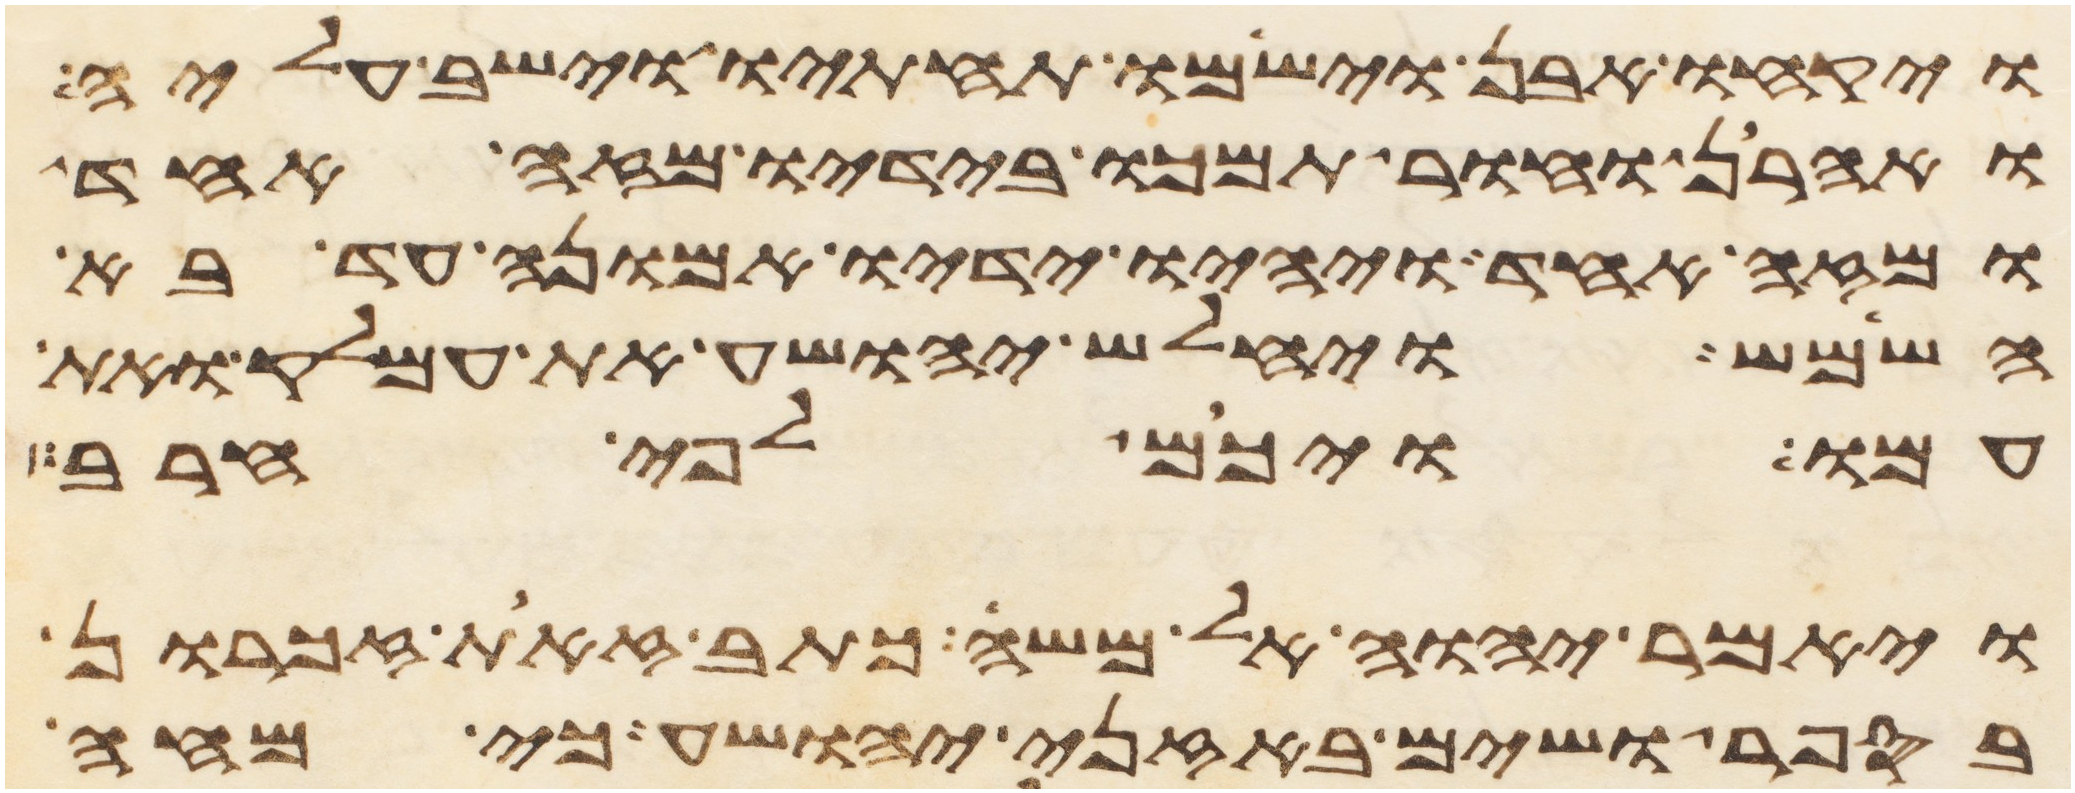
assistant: ויקחו אבן וישמו תחתיו וישב עליה
ואהרן וחור תמכו בידיו מזה אחד
ומזה אחד ויהיו ידיו אמונה עד בא
השמש ויחלש יהושע את עמלק ואת
עמו ויכם לפי חרב
ויאמר יהוה אל משה כתב זאת זכרון
בספר ושים באזני יהושע כי מחה